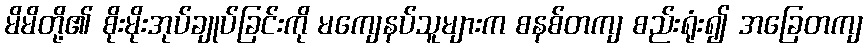
မိမိတို့၏ စိုးမိုးအုပ်ချုပ်ခြင်းကို မကျေနပ်သူများက စနစ်တကျ စည်းရုံး၍ အခြေတကျ